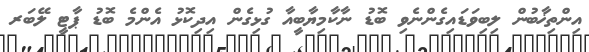
އިންތިޚާބުން ލިބިވަޑައިގެންނެވި ބޮޑު ނާކާމިޔާބީއާ ގުޅިގެން އިދިކޮޅު އެންމެ ބޮޑު ޕާޓީ ލޭބަރ